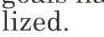
lized.